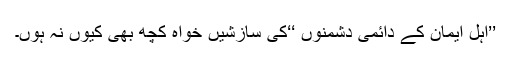
’’اہل ایمان کے دائمی دشمنوں ‘‘کی سازشیں خواہ کچھ بھی کیوں نہ ہوں۔